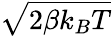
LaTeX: \sqrt{2\beta k_{B}T}